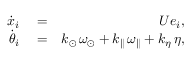
\begin{array} { r l r } { \dot { \boldsymbol { x } } _ { i } } & { { } = } & { U \boldsymbol { e } _ { i } , } \\ { \dot { \theta } _ { i } } & { { } = } & { k _ { \odot } \, \omega _ { \odot } + k _ { \parallel } \, \omega _ { \parallel } + k _ { \eta } \, \eta , } \end{array}